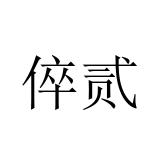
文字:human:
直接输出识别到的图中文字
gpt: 倅贰